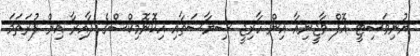
ޔުނިވަސިޓީ އޮފް ވާޖީނިއާ އިން ހާރިޖީ ސިޔާސަތާއި އިކޮނޮމިކްސްގެ ދާއިރާ އިން ފުރަތަމަ